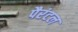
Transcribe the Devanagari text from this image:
पैरंटल